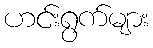
ဟင်းရွက်များ